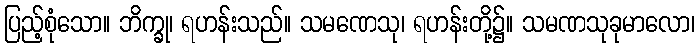
ပြည့်စုံသော။ ဘိက္ခု၊ ရဟန်းသည်။ သမဏေသု၊ ရဟန်းတို့၌။ သမဏသုခုမာလော၊